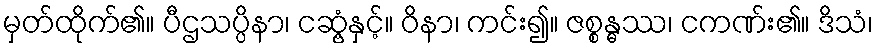
မှတ်ထိုက်၏။ ပီဌသပ္ပိနာ၊ ငဆွံ့နှင့်။ ဝိနာ၊ ကင်း၍။ ဇစ္စန္ဓဿ၊ ငကဏ်း၏။ ဒိသံ၊